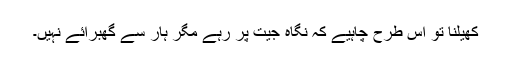
کھیلنا تو اس طرح چاہیے کہ نگاہ جیت پر رہے مگر ہار سے گھبرائے نہیں۔